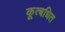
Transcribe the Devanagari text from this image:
कूत्बधित